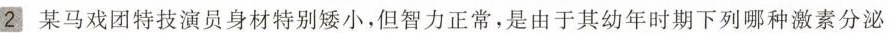
2某马戏团特技演员身材特别矮小，但智力正常，是由于其幼年时期下列哪种激素分泌